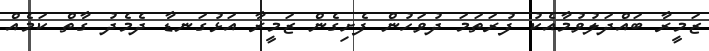
ޒަމީރާ ބައްދަލުވުމާއެކު ފުރަތަމަ ދުވަހުން ފެށިގެން ޒަމީރާ އަޅުގަނޑާ ދެމެދު ގާތް ކަމެއް